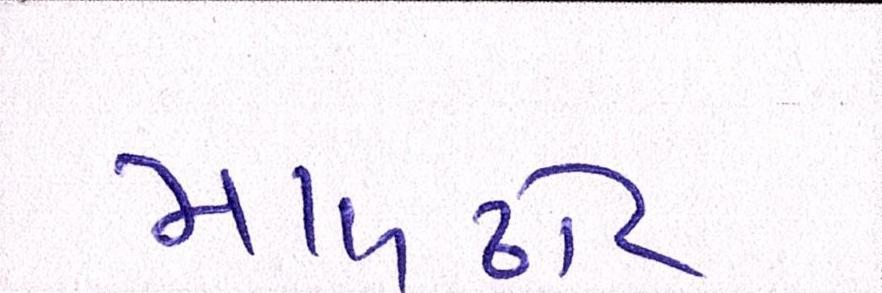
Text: માલઢોર